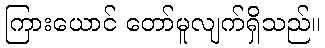
ကြားယောင် တော်မူလျက်ရှိသည်။